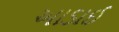
આડાઈ